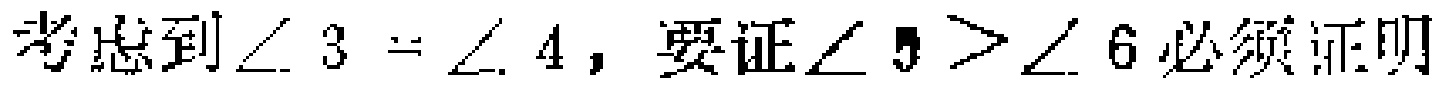
考虑到$\angle 3 = \angle 4$，要证$\angle 5 > \angle 6$必须证明